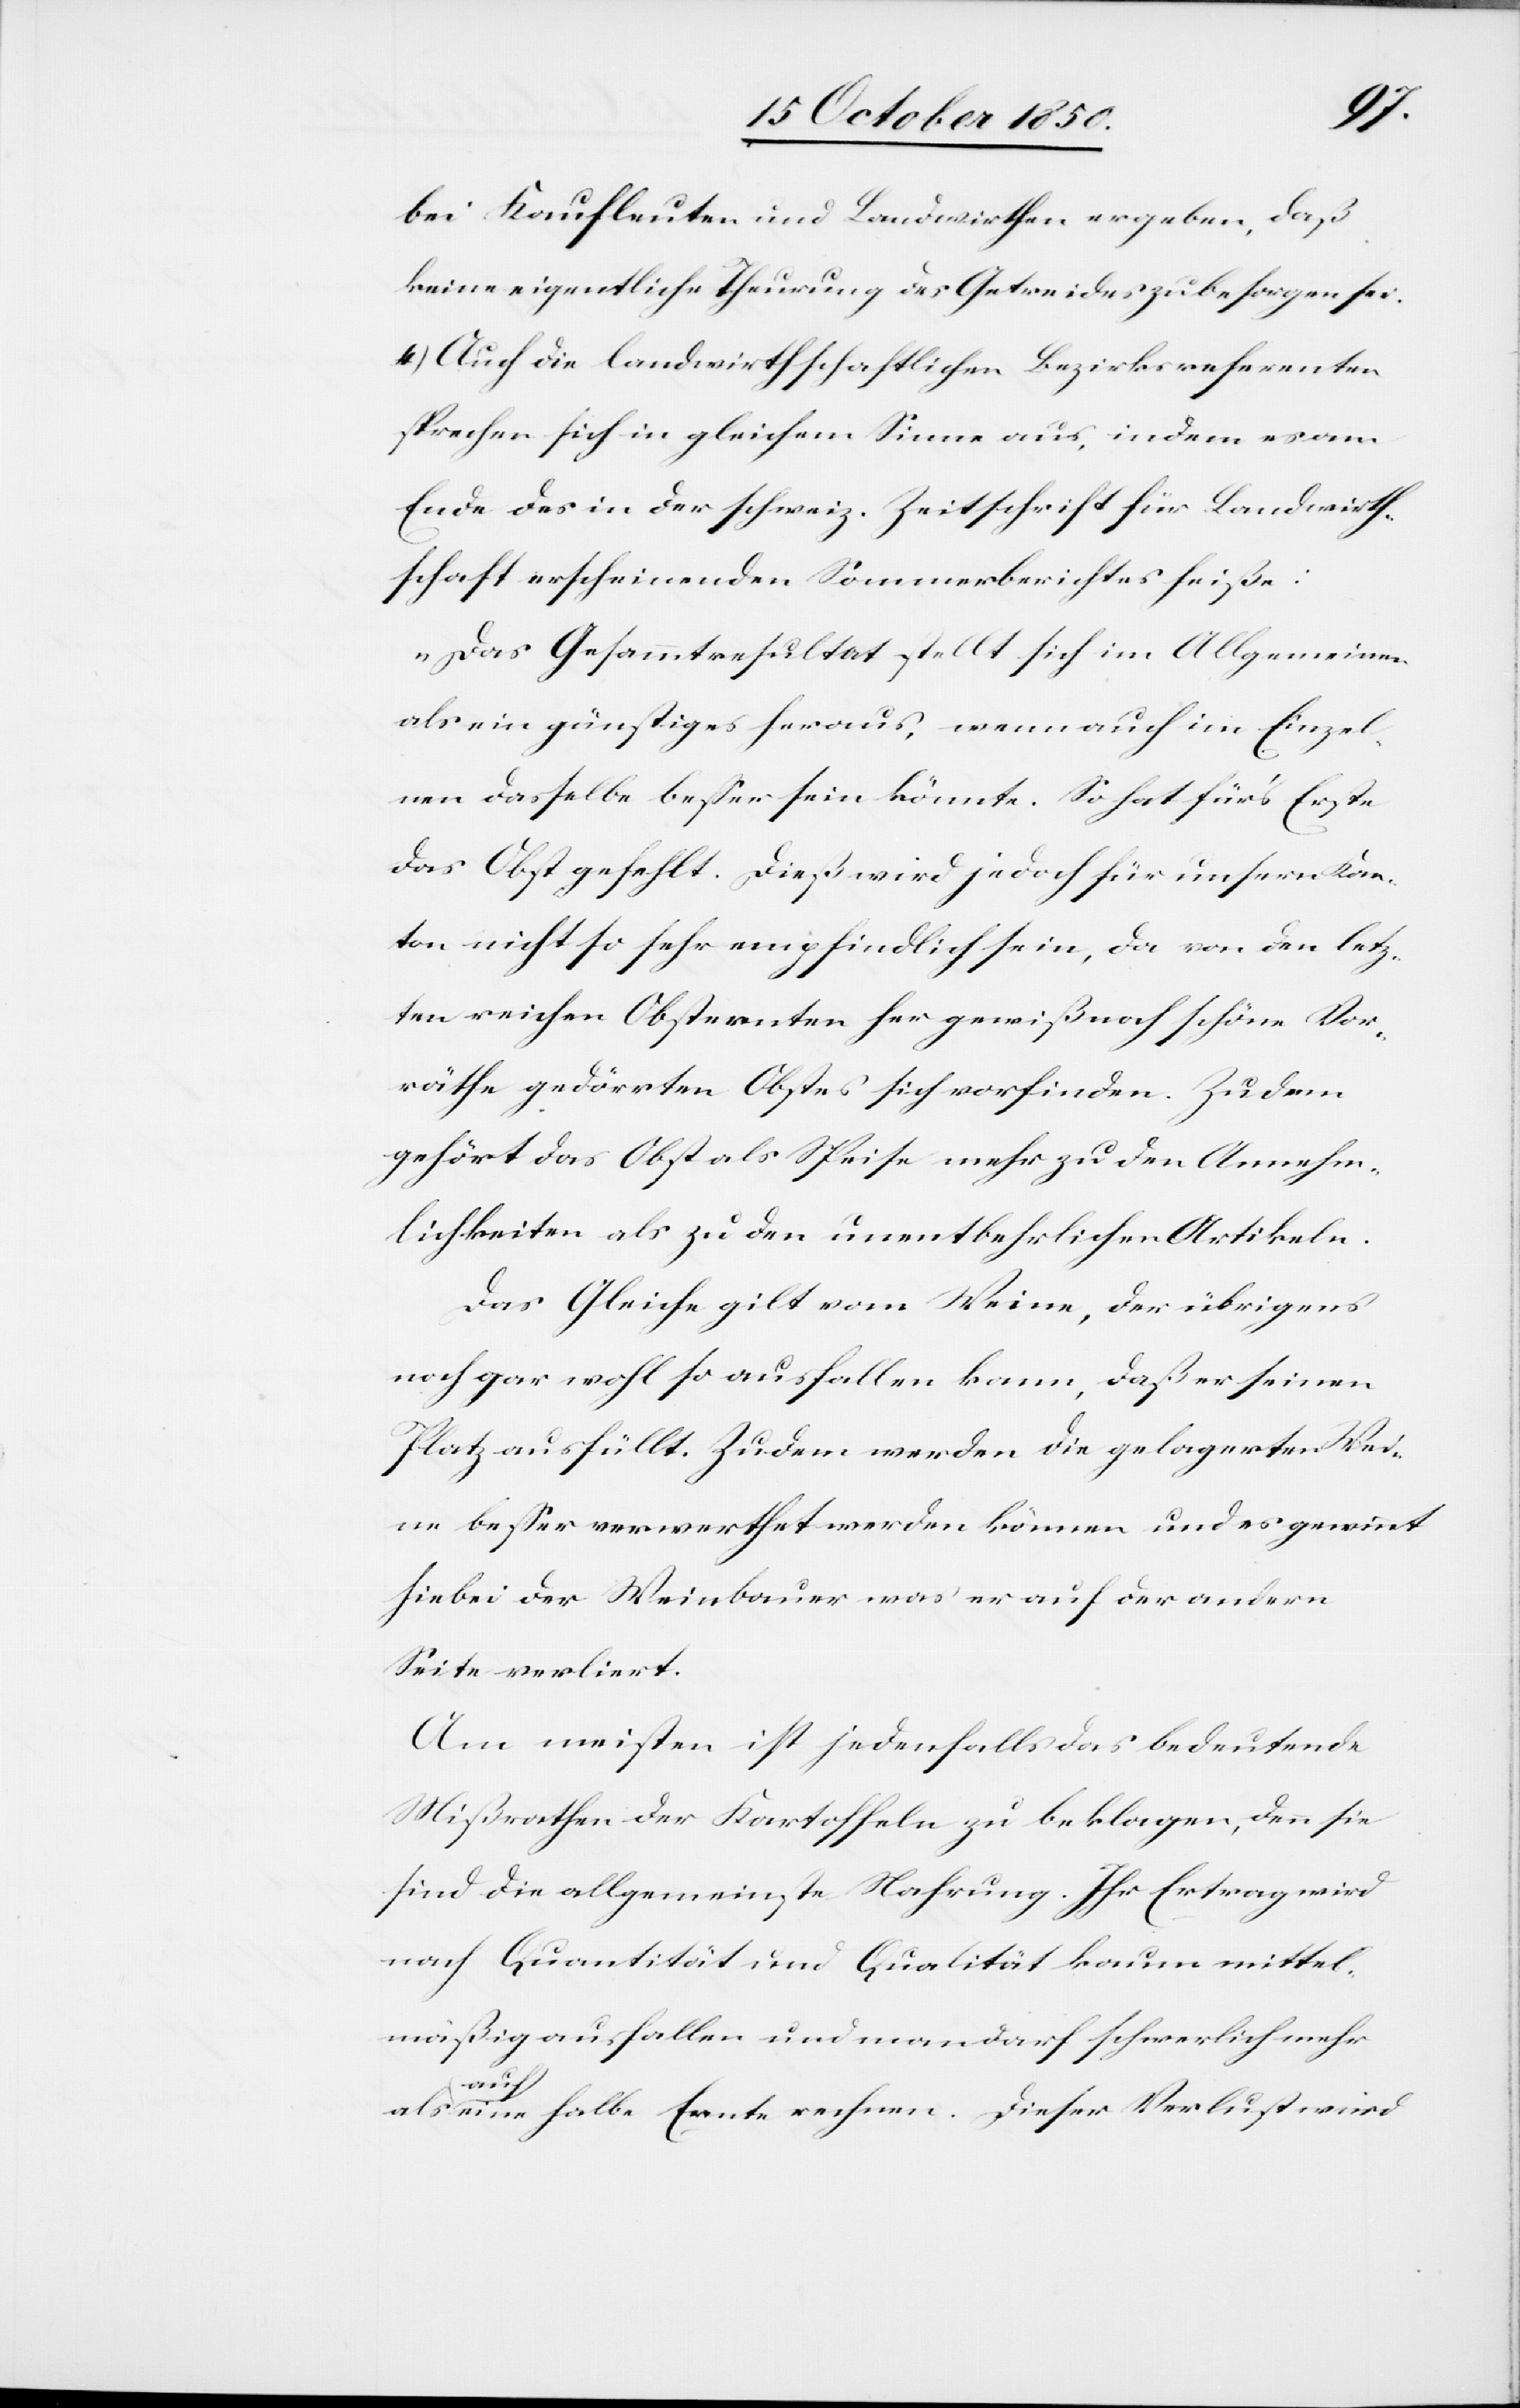
bei Kaufleuten und Landwirthen ergeben, daß
keine eigentliche Theurung des Getreides zu besorgen sei.
4.) Auch die landwirthschaftlichen Bezirksreferenten
sprechen sich in gleichem Sinne aus, indem es am
Ende des in der schweiz. Zeitschrift für Landwirth¬
schaft erscheinenden Sommerberichtes heiße:
„Das Gesammtresultat stellt sich im Allgemeinen
als ein günstiges heraus, wenn auch im Einzel¬
nen dasselbe besser sein könnte. So hat für’s Erste
das Obst gefehlt. Dieß wird jedoch für unsern Kan¬
ton nicht so sehr empfindlich sein, da von den letz¬
ten reichen Obsternten her gewiß noch schöne Vor¬
räthe gedörrten Obstes sich vorfinden. Zudem
gehört das Obst als Speise mehr zu den Annehm¬
lichkeiten als zu den unentbehrlichen Artikeln.
Das Gleiche gilt vom Weine, der übrigens
noch gar wohl so ausfallen kann, daß er seinen
Platz ausfüllt. Zudem werden die gelagerten Wei¬
ne besser verwerthet werden können und es gewinnt
hiebei der Weinbauer was er auf der andern
Seite verliert.
Am meisten ist jedenfalls das bedeutende
Mißrathen der Kartoffeln zu beklagen, denn sie
sind die allgemeinste Nahrung. Ihr Ertrag wird
nach Quantität und Qualität kaum mittel¬
mäßig ausfallen und man darf schwerlich mehr
als
auf eine halbe Ernte rechnen. Dieser Verlust wird